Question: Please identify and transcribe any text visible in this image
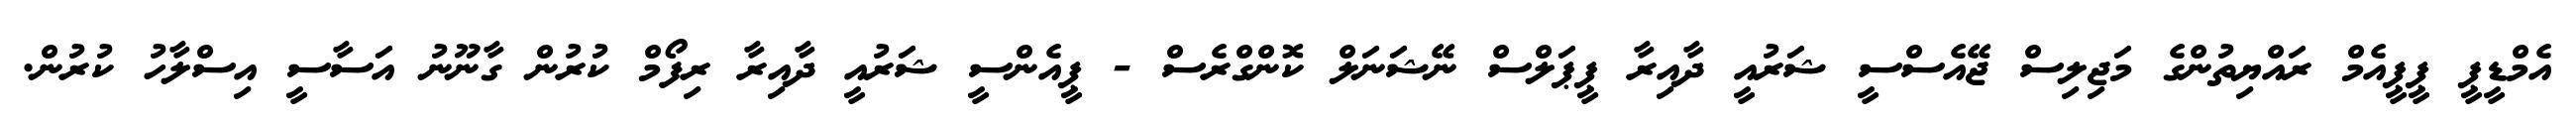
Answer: އެމްޑީޕީ ޕީޕީއެމް ރައްޔިތުންގެ މަޖިލިސް ޖޭއެސްސީ ޝަރުއީ ދާއިރާ ޕީޕަލްސް ނޭޝަނަލް ކޮންގްރެސް - ޕީއެންސީ ޝަރުއީ ދާއިރާ ރިފޯމް ކުރުން ގާނޫނު އަސާސީ އިސްލާހު ކުރުން.